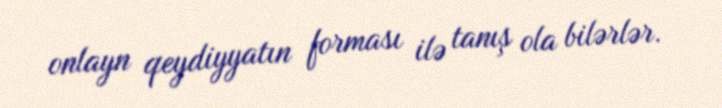
onlayn qeydiyyatın forması ilə tanış ola bilərlər.